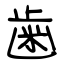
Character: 歯